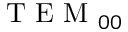
\textnormal { T E M } _ { 0 0 }